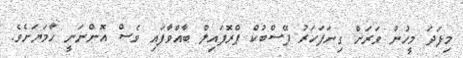
މިފަދަ މީހުން ވަރަށް ގިނަފަހަރު ފޭސްބުކް ޕްރޮފައިލް ބާއްވާފައި ވެސް އޮންނަނީ ހާމަޔަށެވެ.